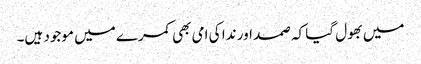
میں بھول گیا کہ صمد اور ندا کی امی بھی کمرے میں موجود ہیں۔